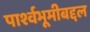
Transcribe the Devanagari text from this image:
पार्श्वभूमीबद्दल